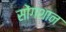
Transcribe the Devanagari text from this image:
सोंगशान